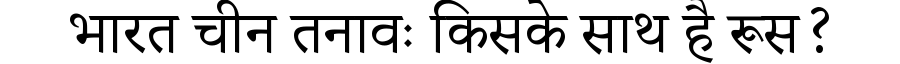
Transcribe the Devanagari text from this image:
भारत चीन तनावः किसके साथ है रूस?